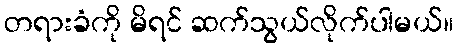
တရားခံကို မိရင် ဆက်သွယ်လိုက်ပါမယ်။